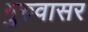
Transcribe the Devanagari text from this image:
गुरुवासर